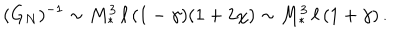
( G _ { N } ) ^ { - 1 } \sim M _ { * } ^ { 3 } \, \ell \, ( 1 - \gamma ) ( 1 + 2 \chi ) \sim M _ { * } ^ { 3 } \, \ell \, ( 1 + \gamma ) \, .